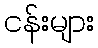
ငန်းများ